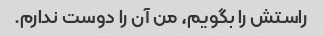
راستش را بگویم، من آن را دوست ندارم.